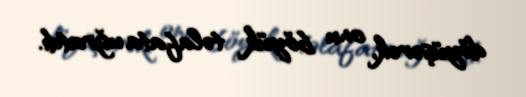
döyüşərək, onu böyük təlafata uğratdı.